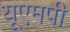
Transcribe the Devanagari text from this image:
यूएमपी